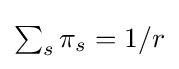
{\textstyle \sum _{s}\pi _{s}=1/r}